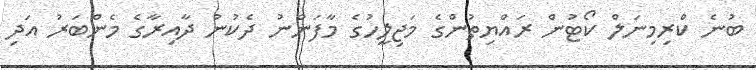
ބުނެ ކްރިމިނަލް ކޯޓުން ރައްޔިތުންގެ މަޖިލީހުގެ މާފަންނު ދެކުނު ދާއިރާގެ މެންބަރު އަދި